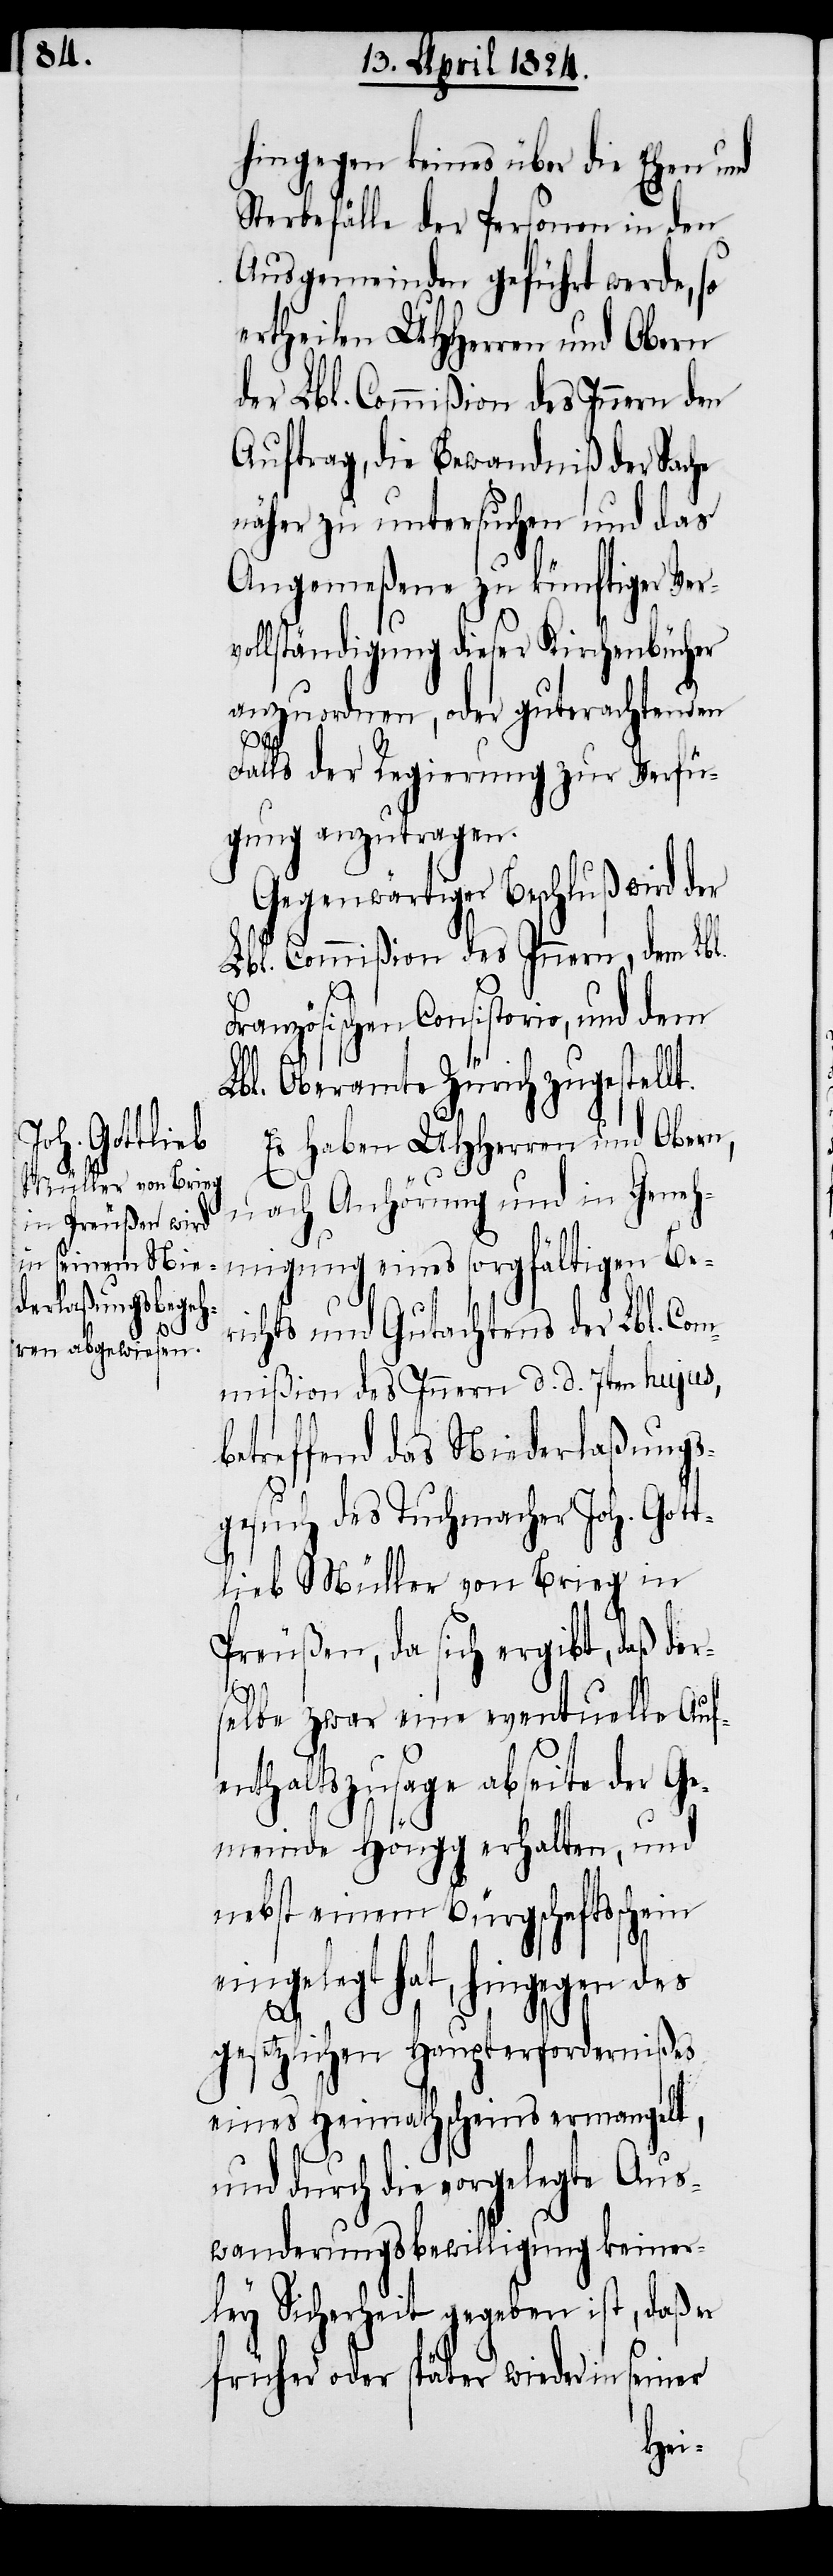
hingegen keines über die Ehen und
Sterbefälle der Personen in den
Ausgemeinden geführt werde, so
ertheilen UHHerren und Obern
der Lbl. Commißion des Innern den
Auftrag, die Bewandniß der Sache
näher zu untersuchen und das
Angemeßene zu künftiger Ver¬
vollständigung dieser Kirchenbücher
anzuordnen, oder guterachtenden
Falls der Regierung zur Verfü¬
gung anzutragen.
Gegenwärtiger Beschluß wird der
Lbl. Commißion des Innern, dem Lbl.
Französischen Consistorio, und dem
Lbl. Oberamte Zürich zugestellt.
Es haben UHHerren und Obern,
nach Anhörung und in Geneh¬
migung eines sorgfältigen Be¬
richts und Gutachtens der Lbl. Com¬
mißion des Innern d. d. 7ten hujus,
betreffend das Niederlaßungs¬
gesuch des Tuchmacher Joh. Got¬
tlieb Müller von Brieg in
Preußen, da sich ergibt, daß der¬
selbe zwar eine eventuelle Auf¬
enthaltszusage abseite der Ge¬
meinde Höngg erhalten, und
nebst einem Bürgschaftsschein
elegt hat, hingegen des
eing¬
gesetzlichen Haupterfordernißes
eines Heimathscheins ermangelt,
und durch die vorgelegte Aus¬
wanderungsbewilligung keiner¬
ley Sicherheit gegeben ist, daß er
früher oder später wieder in seiner